system: You are a helpful assistant.
user:
Analyze the provided spectrum to determine if it is a **"Cataclysmic Variables (CV)"**.

- **Key Indicators for CV (Check for either state):**
    - **State 1: Quiescent / Low-State (Emission-Dominated)**
        - **(Primary):** Strong and *very broad* Hydrogen Balmer emission lines (e.g., $H\alpha$ at 6563 Å, $H\beta$ at 4861 Å). The 'broadness' (high velocity dispersion, often FWHM > 1000 km/s) is the key diagnostic, indicating a high-velocity accretion disk.
        - **(Secondary):** Broad neutral Helium (He I) emission lines (e.g., 5876 Å, 6678 Å).
        - **(Key Confirmation):** Presence of high-excitation *ionized* Helium (He II) emission at 4686 Å. This is a strong indicator of accretion onto a white dwarf.
        - **(Line Profile):** Emission lines may exhibit a 'double-peaked' profile, which is a classic signature of a rotating accretion disk viewed at high inclination.

    - **State 2: Outburst / High-State (Absorption-Dominated)**
        - **(Primary):** Spectrum is dominated by a bright, blue continuum (looks like a hot star).
        - **(Secondary):** The emission lines from State 1 are weak, absent, or 'filled in', and are replaced by broad, shallow *absorption* lines (primarily Balmer and He I).
        - **(Morphology):** The overall spectrum mimics a hot B/A-type star. The crucial difference is that the absorption lines are significantly broader, shallower, and more 'washed-out' (or 'smeared') than the sharp lines of a normal stellar photosphere, due to high rotational speeds and pressure broadening in the disk.

Think first, call **spectral_visualization_tool** if needed to examine features in detail, then provide your final answer. Your response must adhere to the following strict rules:
1.  **Overall Structure:** Your response must follow the format `<think>...</think> <tool_call>...</tool_call> (if a tool is used) <answer>...</answer>`.
2.  **Tool Usage Constraint:** You may only make **one** tool call per turn.
3.  **Final Answer Format:** In the `<answer>` tag, your conclusion must be inside a `\boxed{}` command (e.g., `\boxed{YES}`), followed by your justification.

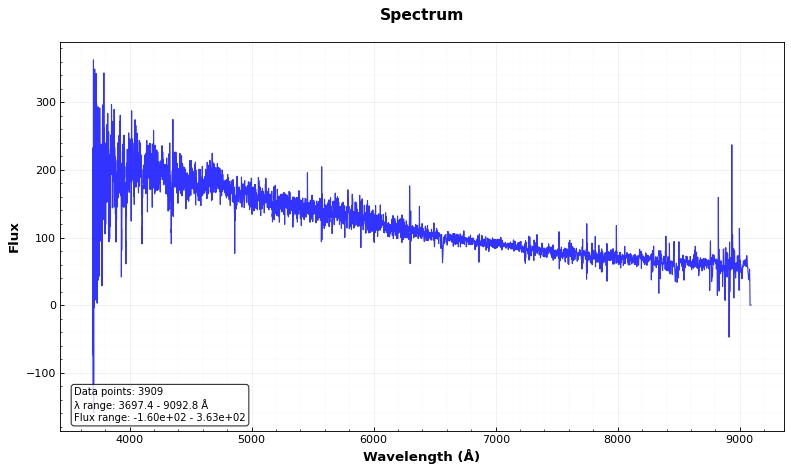
Answer: NO